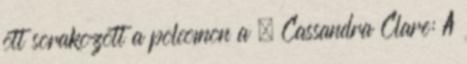
ott sorakozott a polcomon a . Cassandra Clare: A